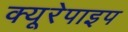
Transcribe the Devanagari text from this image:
क्यूरेपाइप